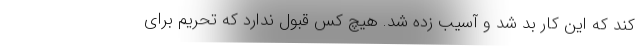
کند که این کار بد شد و آسیب زده شد. هیچ کس قبول ندارد که تحریم برای